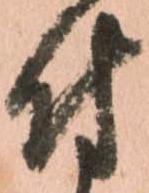
付